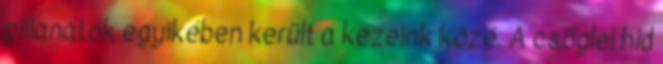
pillanatok egyikében került a kezeink közé. A csöglei híd